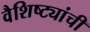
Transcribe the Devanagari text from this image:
वैशिष्ट्यांची